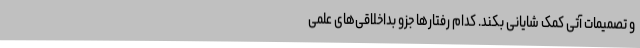
و تصمیمات آتی کمک شایانی بکند. کدام رفتارها جزو بداخلاقی‌های علمی